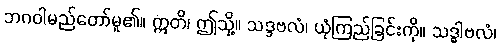
ဘဂဝါမည်တော်မူ၏။ ဣတိ၊ ဤသို့။ သဒ္ဒဗလံ၊ ယုံကြည်ခြင်းကို။ သဒ္ဓါဗလံ၊